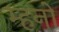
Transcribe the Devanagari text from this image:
म्हनो